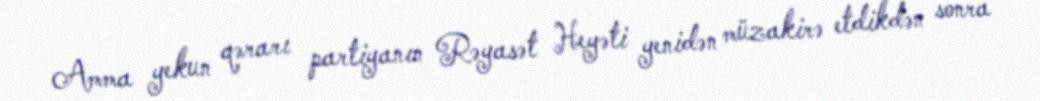
Amma yekun qərarı partiyanın Rəyasət Heyəti yenidən müzakirə etdikdən sonra